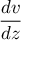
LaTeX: \frac { d v } { d z }